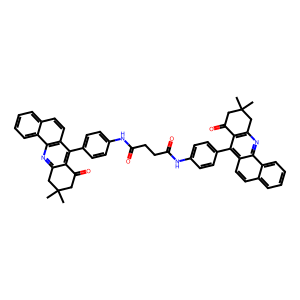
SMILES: CC1(C)CC(=O)c2c(nc3c(ccc4ccccc43)c2-c2ccc(NC(=O)CCC(=O)Nc3ccc(-c4c5c(nc6c4ccc4ccccc46)CC(C)(C)CC5=O)cc3)cc2)C1
Inhibits HIV replication: No